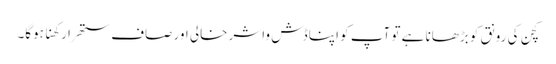
کچن کی رونق کو بڑھانا ہے تو آپ کو اپنا ڈش واشر خالی اور صاف ستھرا رکھنا ہوگا۔